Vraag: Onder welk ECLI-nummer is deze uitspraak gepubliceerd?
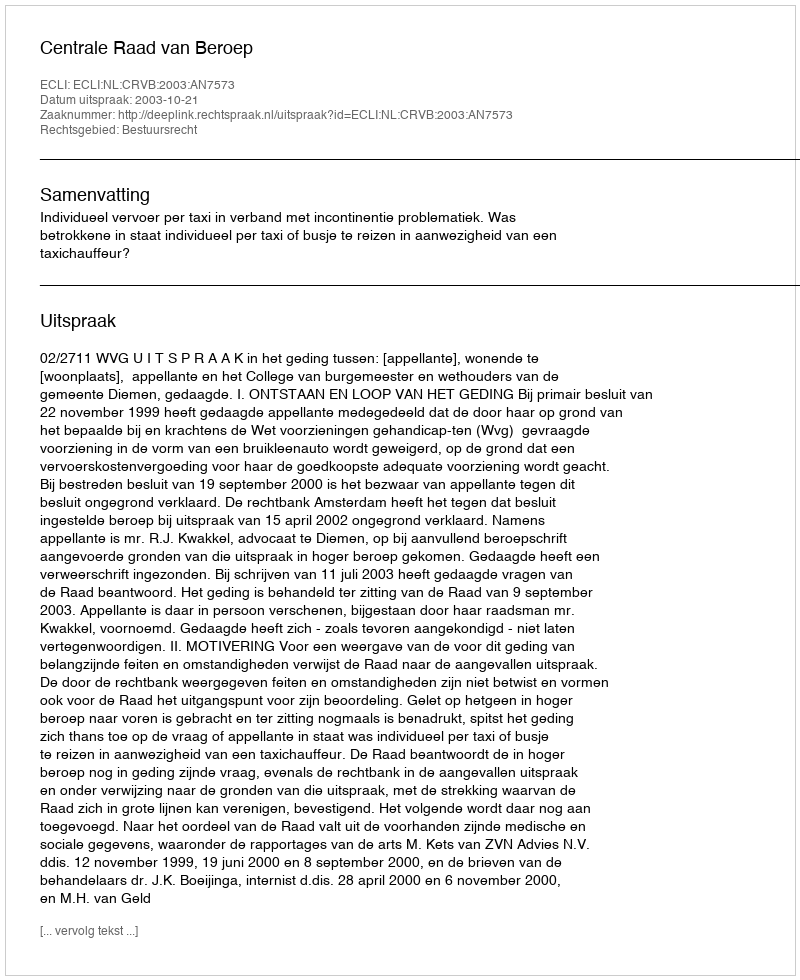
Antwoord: ECLI:NL:CRVB:2003:AN7573